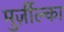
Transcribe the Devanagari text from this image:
मुर्ज़ील्का